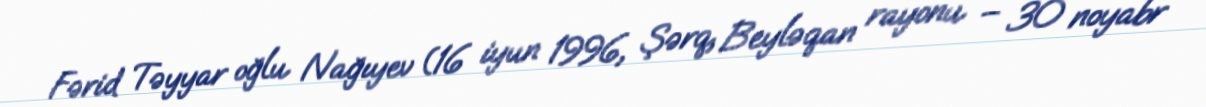
Fərid Təyyar oğlu Nağıyev (16 iyun 1996, Şərq, Beyləqan rayonu – 30 noyabr